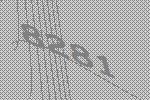
8281